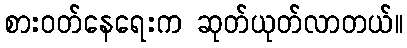
စားဝတ်နေရေးက ဆုတ်ယုတ်လာတယ်။